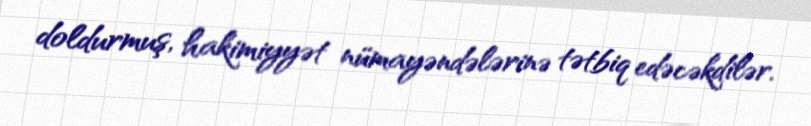
doldurmuş, hakimiyyət nümayəndələrinə tətbiq edəcəkdilər.